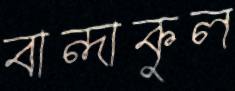
বান্দাকুল